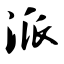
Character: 派